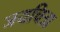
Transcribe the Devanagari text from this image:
जयचित्रा